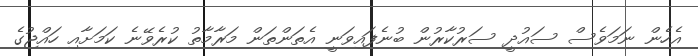
އެހެން ނަމަވެސް ސައުދީ ސަރުކާރުން ބުނެފައިވަނީ އެތަންތަން މަރާމާތު ކުރެވޭނެ ކަމަށާއި ހައްޖުގެ